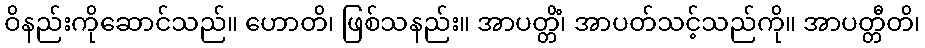
ဝိနည်းကိုဆောင်သည်။ ဟောတိ၊ ဖြစ်သနည်း။ အာပတ္တိံ၊ အာပတ်သင့်သည်ကို။ အာပတ္တီတိ၊